Plague in India, 1896, 1897 - Volume 3
Year: 1896
Disease focus: Plague
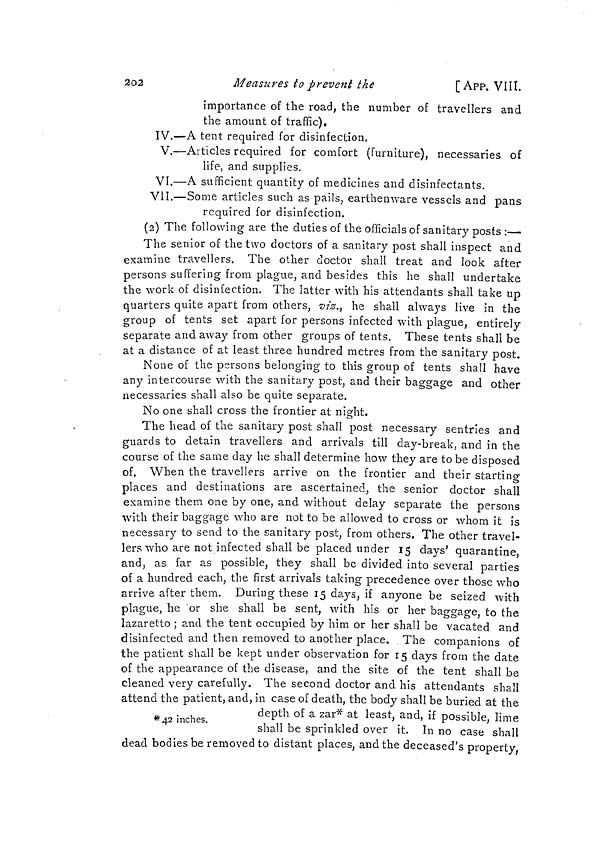
202
Measures to prevent the
[App. VIII.
importance of the road, the number of travellers and
the amount of traffic).
IV.—A tent required for disinfection.
V.—Articles required for comfort (furniture), necessaries of
life, and supplies.
VI.—A sufficient quantity of medicines and disinfectants.
Vil.—Some articles such as pails, earthenware vessels and pans
required for disinfection.
(2) The following are the duties of the officials of sanitary posts : .
The senior of the two doctors of a sanitary post shall inspect and
examine travellers. The other doctor shall treat and look after
persons suffering from plague, and besides this he shall undertake
the work of disinfection. The latter with his attendants shall take up
quarters quite apart from others, viz., he shall always live in the
group of tents set apart for persons infected with plague, entirely
separate and away from other groups of tents. These tents shall be
at a distance of at least three hundred metres from the sanitary post.
None of the persons belonging to this group of tents shall have
any intercourse with the sanitary post, and their baggage and other
necessaries shall also be quite separate.
No one shall cross the frontier at night. o
The head of the sanitary post shall post necessary sentries and
guards to detain travellers and arrivals till day-break, and in the
course of the same day he shall determine how they are to be disposed
of. When the travellers arrive on the frontier and their starting
places and destinations are ascertained, the senior doctor shall
examine them one by one, and without delay separate the persons
with their baggage who are not to be allowed to cross or whom it is
necessary to send to the sanitary post, from others. The other travel-
lers who are not infected shall be placed under 15 days' quarantine
and, as far as possible, they shall be divided into several parties
of a hundred each, the first arrivals taking precedence over those who
arrive after them. During these 15 days, if anyone be seized with
plague, he or she shall be sent, with his or her baggage, to the
lazaretto ; and the tent occupied by him or her shall be vacated and
disinfected and then removed to another place. The companions of
the patient shall be kept under observation for 15 days from the date
of the appearance of the disease, and the site of the tent shall be
cleaned very carefully. The second doctor and his attendants shall
attend the patient, and, in case of death, the body shall be buried at the
*42 inches.
de P th of a zar * at least, and, if possible, lime
shall be sprinkled over it. In no case shall
dead bodies be removed to distant places, and the deceased's property